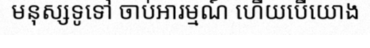
មនុស្សទូទៅ ចាប់អារម្មណ៍ ហើយបើយោង